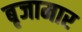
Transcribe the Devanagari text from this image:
बृजामार